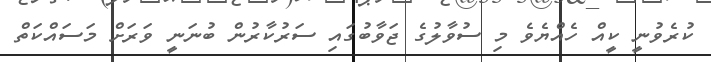
ކުރެވުނީ ކީއް ހެއްޔެވެ މި ސުވާލުގެ ޖަވާބުގައި ސަރުކާރުން ބުނަނީ ވަރަށް މަސައްކަތް